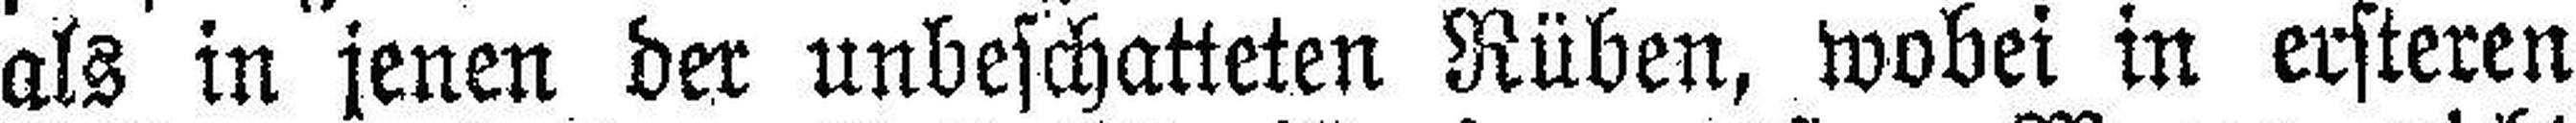
als in jenen der unbeschatteten Rüben, wobei in ersteren